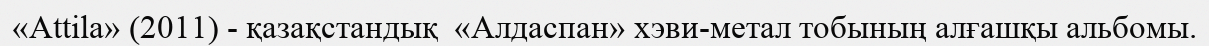
«Attila» (2011) - қазақстандық  «Алдаспан» хэви-метал тобының алғашқы альбомы.